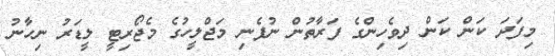
މިފަދަ ކަން ކަން ދިވެހިންގެ ފަރާތުން ނުފެނި މަޖްލީހުގެ މެޖޯރިޓީ ލީޑަރު ނިހާނު